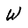
Character: W